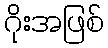
ဂိုးအဖြစ်